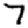
Digit: 7